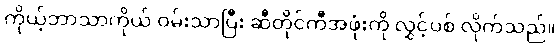
ကိုယ့်ဘာသာကိုယ် ဝမ်းသာပြီး ဆီတိုင်ကီအဖုံးကို လွှင့်ပစ် လိုက်သည်။